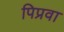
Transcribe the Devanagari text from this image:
पिप्रवा